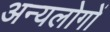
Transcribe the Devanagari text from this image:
अन्यलोगों